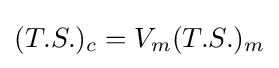
(T.S.)_{c}=V_{m}(T.S.)_{m}